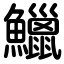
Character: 鱲